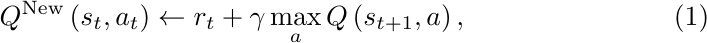
\begin{equation}\label{eqn:Qlearning}
Q^\text{New}\left(s_t,a_t\right)\leftarrow r_t+\gamma\max_{a}Q\left(s_{t+1},a\right),
\end{equation}